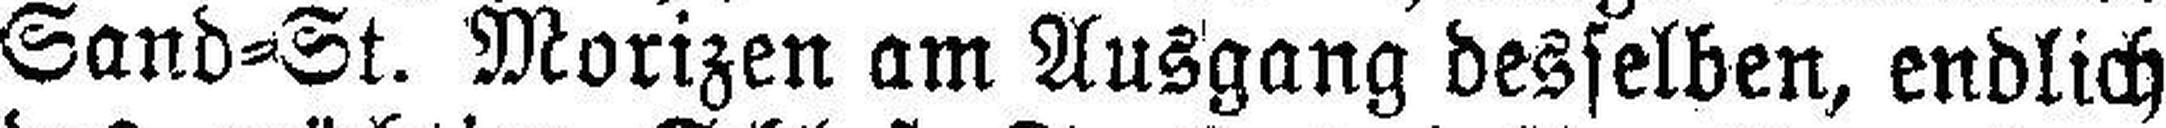
Sand=St. Morizen am Ausgang desselben, endlich